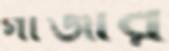
গাঁজার